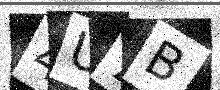
Text: 4U7B